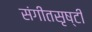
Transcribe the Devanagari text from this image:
संगीतसृष्टी